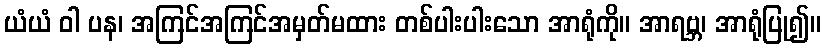
ယံယံ ဝါ ပန၊ အကြင်အကြင်အမှတ်မထား တစ်ပါးပါးသော အာရုံကို။ အာရဗ္ဘ၊ အာရုံပြု၍။